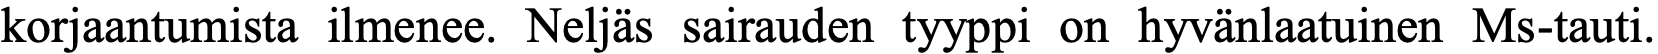
korjaantumista ilmenee. Neljäs sairauden tyyppi on hyvänlaatuinen Ms-tauti.